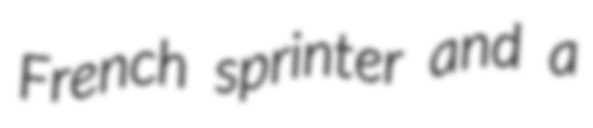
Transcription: French sprinter and a